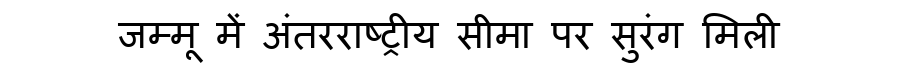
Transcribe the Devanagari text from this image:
जम्मू में अंतरराष्ट्रीय सीमा पर सुरंग मिली